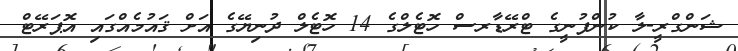
ޝަންގްރީ-ލާ ކުންފުނީގެ ޓްރޭޑާރސް ހޮޓެލްގެ 14 ހޮޓެލް ދުނިޔޭގެ އަށް ޤައުމެއްގައި އޮޕަރޭޓް